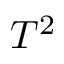
T ^ { 2 }